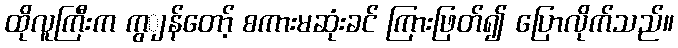
ထိုလူကြီးက ကွျန်တော့် စကားမဆုံးခင် ကြားဖြတ်၍ ပြောလိုက်သည်။